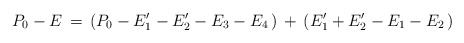
\begin{align*}P_0-E\,=\,(P_0-E'_1-E'_2-E_3-E_4\,)\,+\,(E'_1+E'_2-E_1-E_2\,)\end{align*}